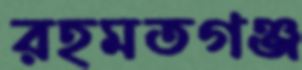
রহমতগঞ্জ